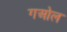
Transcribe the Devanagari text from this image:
गओल